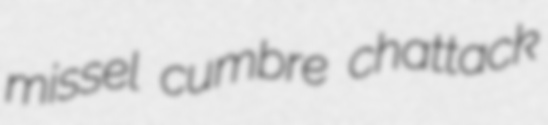
missel cumbre chattack